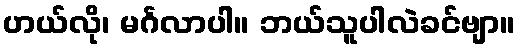
ဟယ်လို၊ မင်္ဂလာပါ။ ဘယ်သူပါလဲခင်ဗျာ။